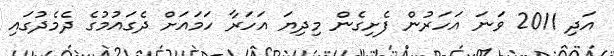
އަދި 2011 ވަނަ އަހަރުން ފެށިގެން މިދިޔަ އަހަރާ ހަމައަށް ދެގައުމުގެ ދެމެދުގައި